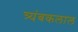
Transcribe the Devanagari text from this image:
त्र्यंबकलाल